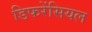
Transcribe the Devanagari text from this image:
डिफरेंसियल